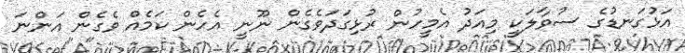
އަޅުގަނޑުގެ ސުވާލަކީ މިއަދު އެމީހުން ރުޅިގަދަވެގެން ނޫނީ އެހެން ކަމެއް ވެގެން އަންނަ